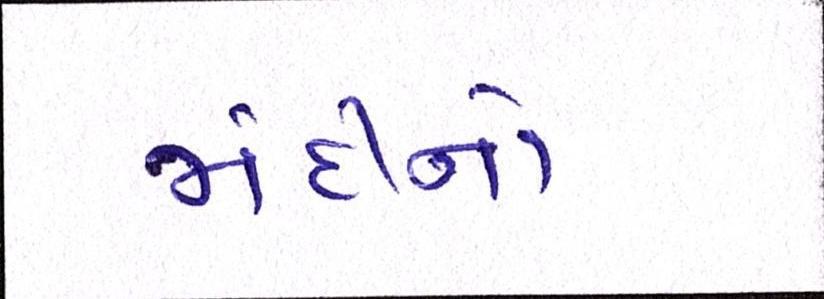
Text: મંદીનો